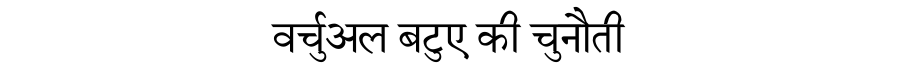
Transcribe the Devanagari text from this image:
वर्चुअल बटुए की चुनौती